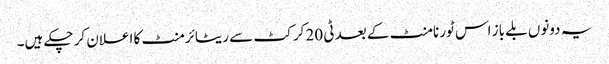
یہ دونوں بلے باز اس ٹورنامنٹ کے بعد ٹی 20 کرکٹ سے ریٹائرمنٹ کا اعلان کر چکے ہیں۔